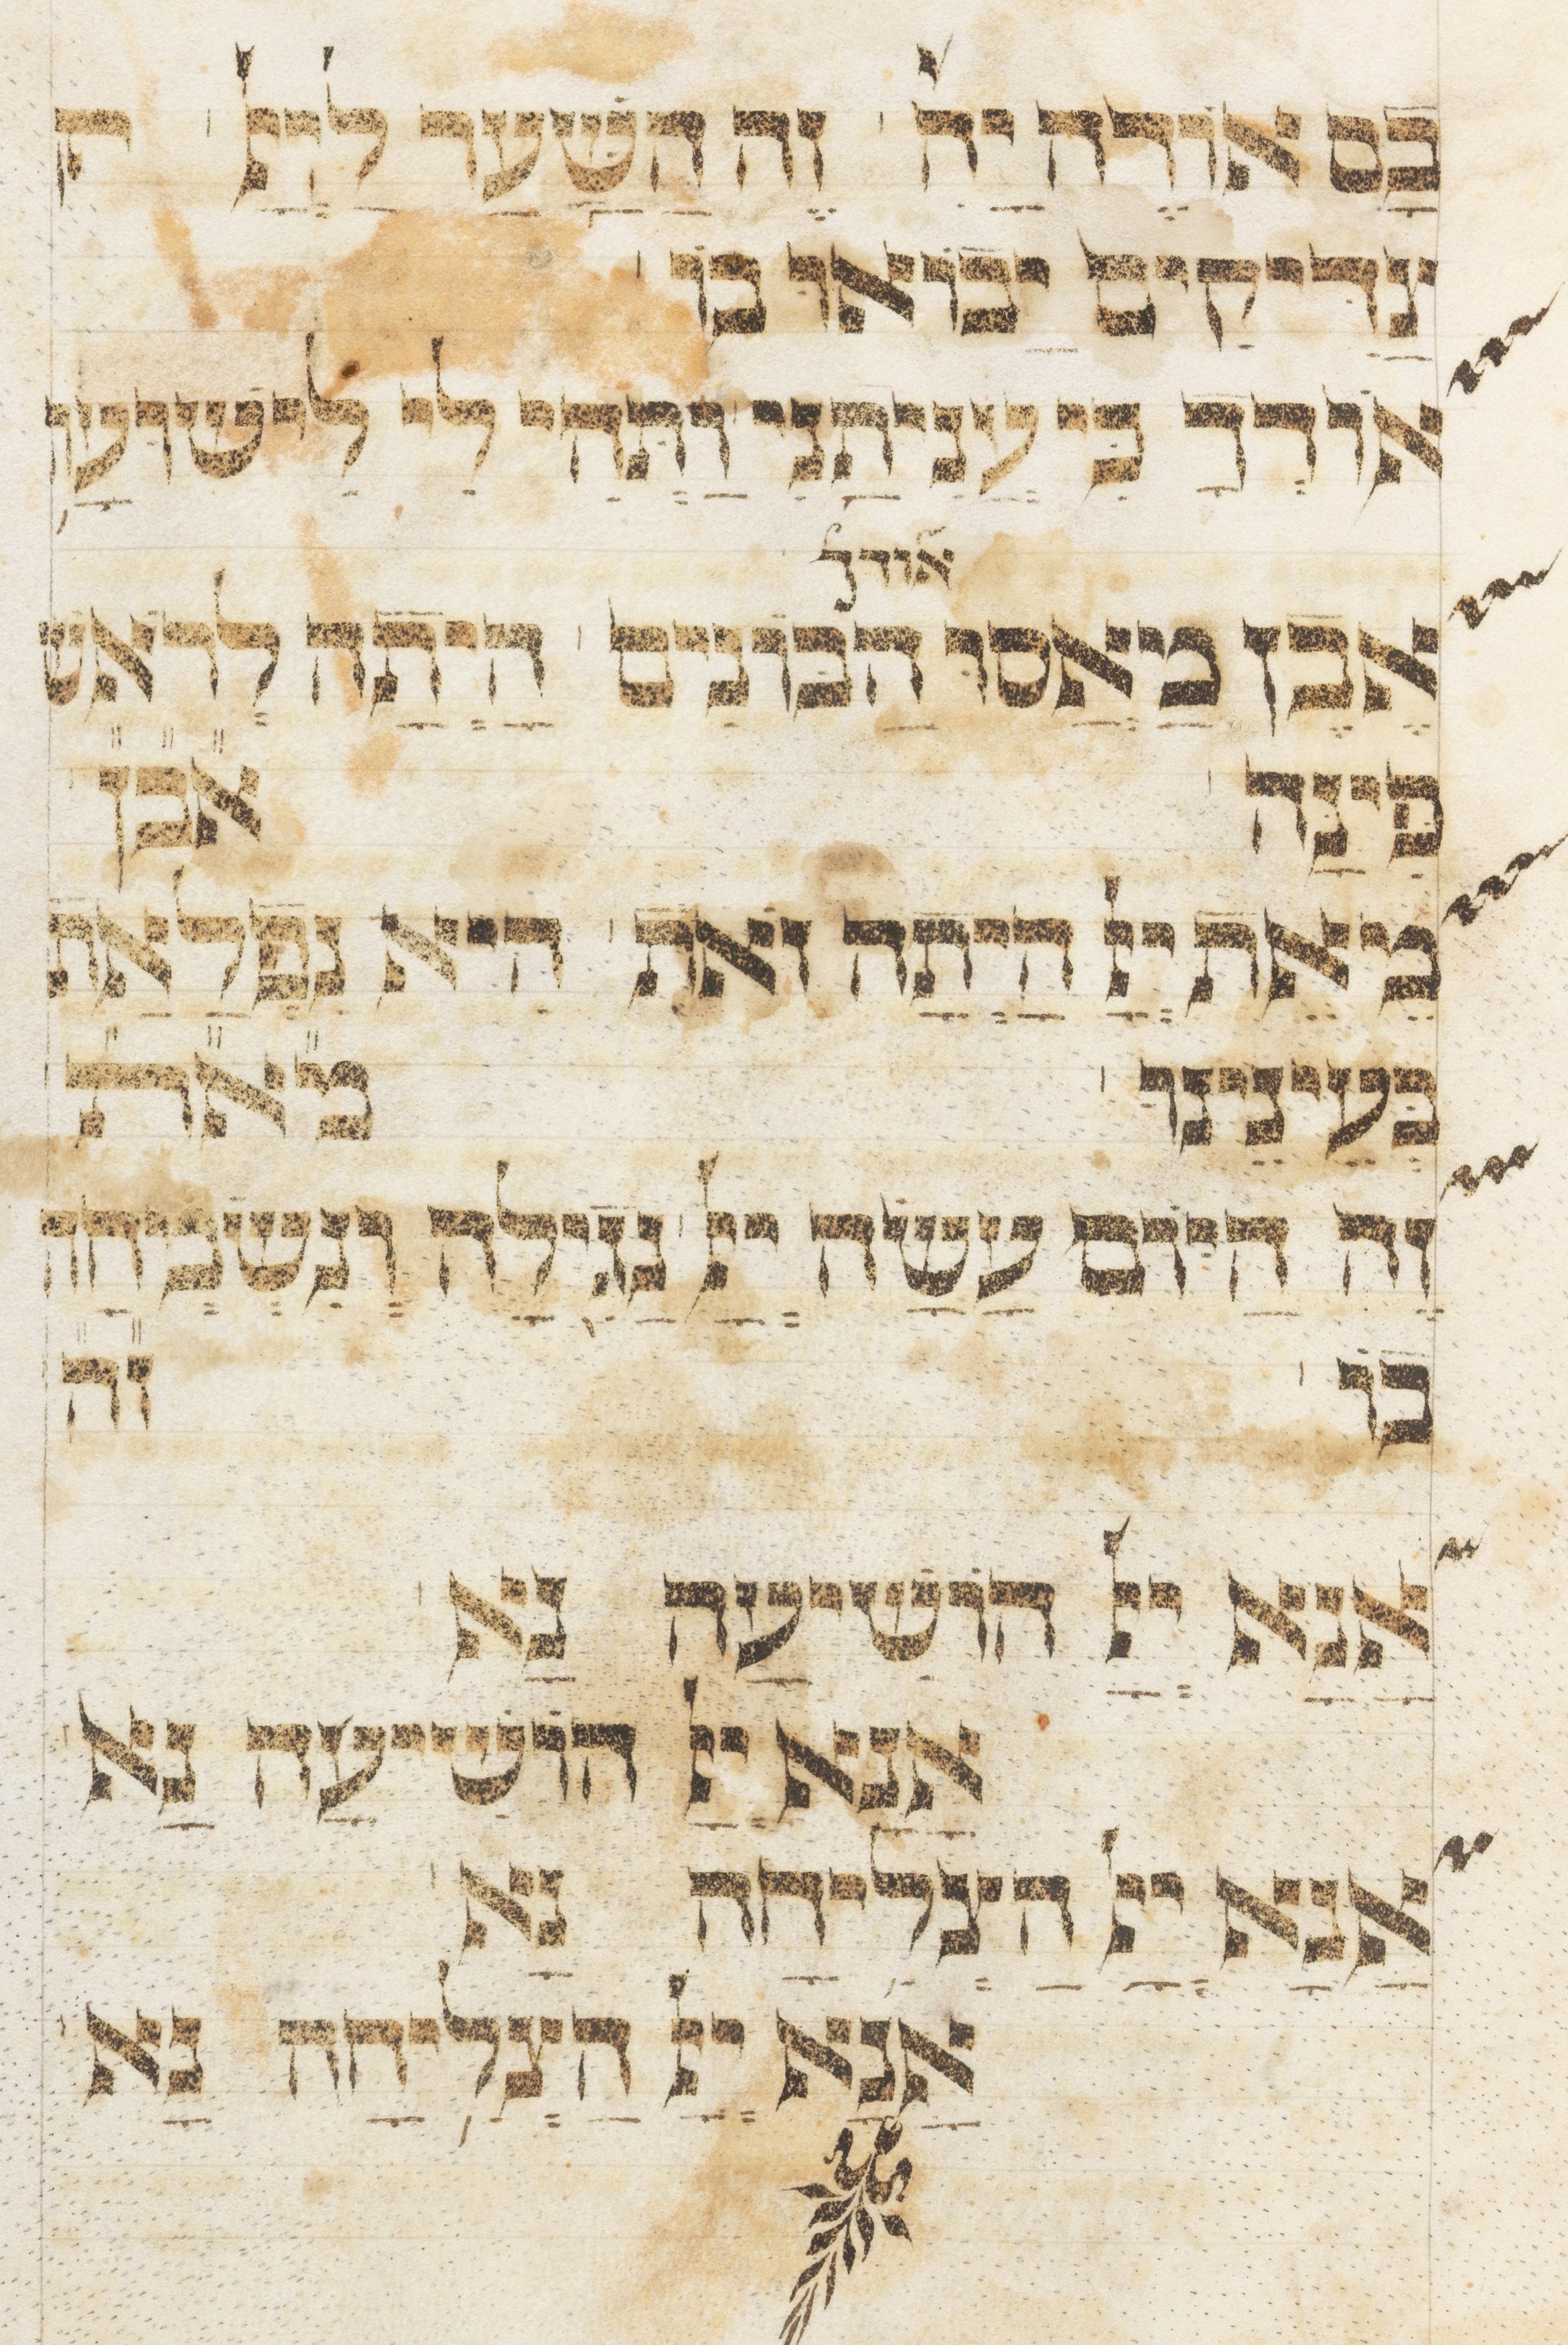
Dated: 1400–1499